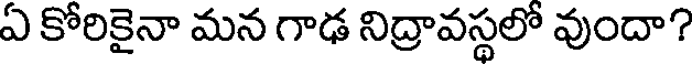
ఏ కోరికైనా మన గాఢ నిద్రావస్థలో వుందా?